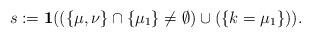
LaTeX: \begin{align*} s:=\mathbf{1}( ( \{ \mu, \nu\} \cap \{ \mu_1 \} \neq \emptyset) \cup (\{ k=\mu_1\})).\end{align*}